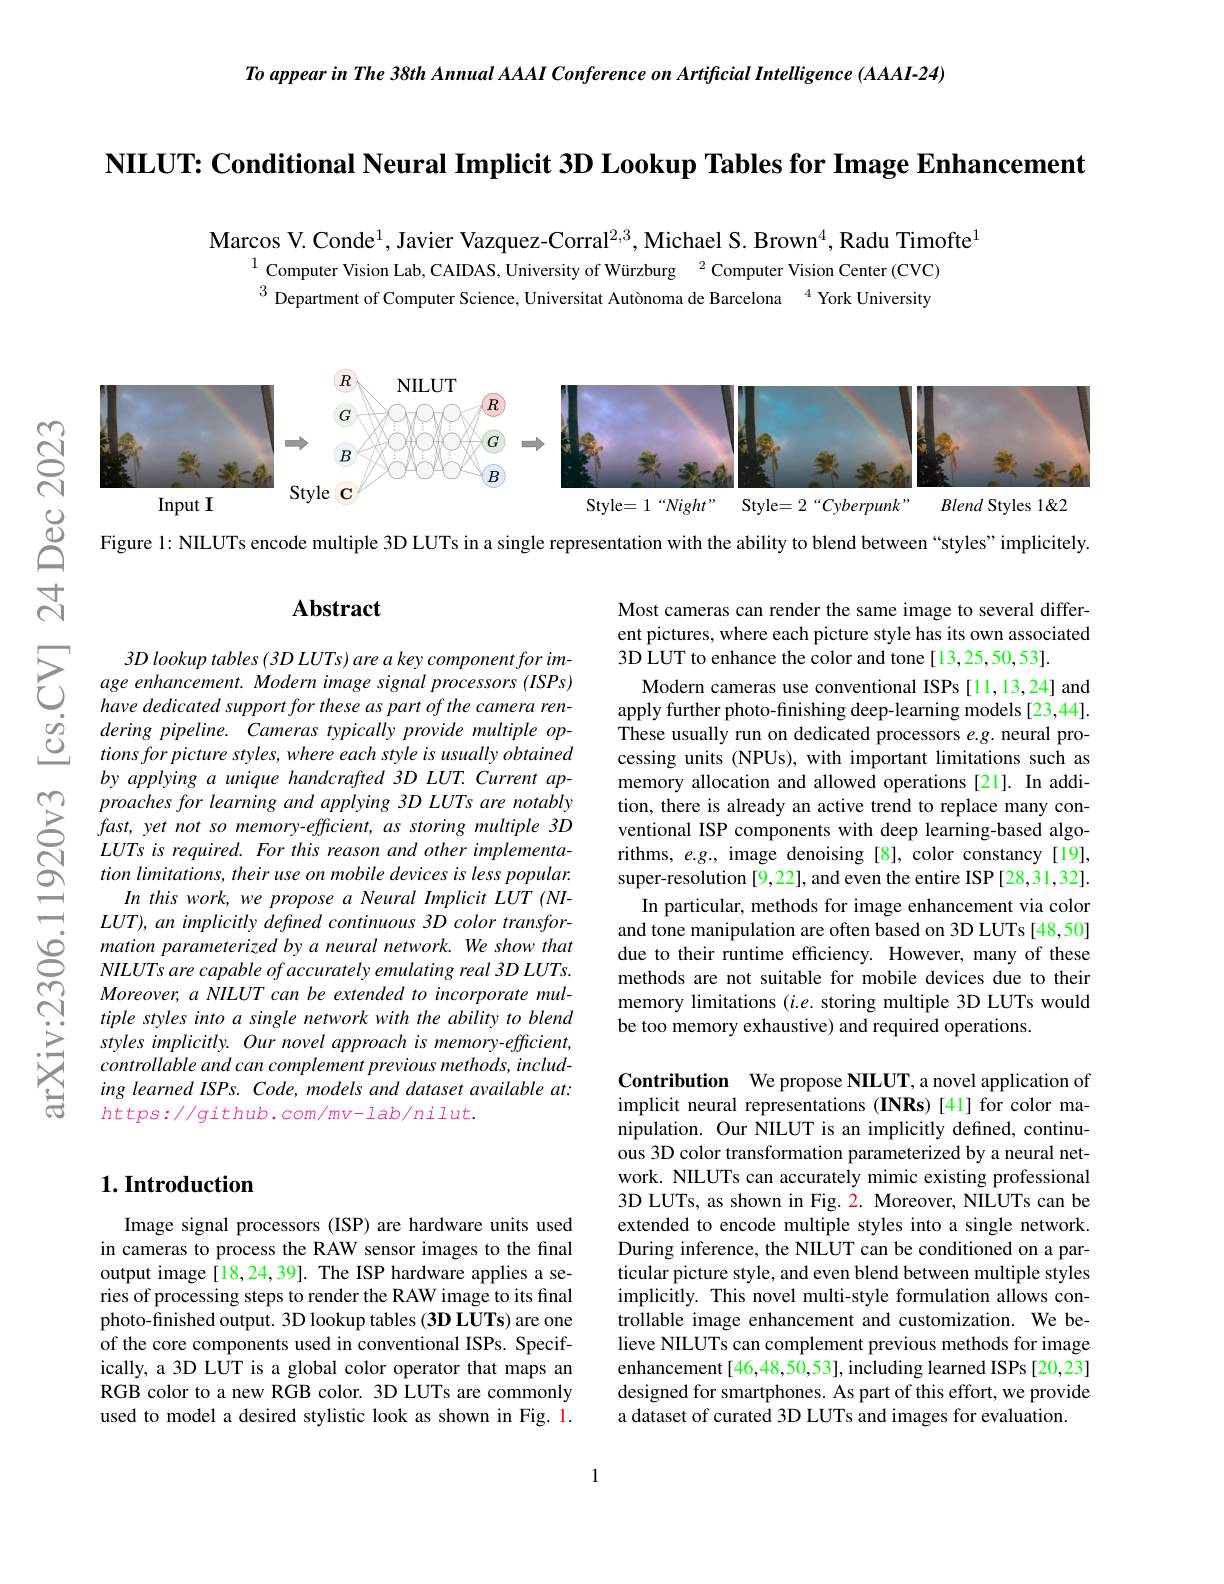
To appear in The 38th Anmual AAAI Conference on Artificial Intelligence (AAAI-24)

NILUT: Conditional Neural Implicit 3D Lookup Tables for Image Enhancement

Marcos V. Conde$^{1}$, Javier Vazquez-Corral$^{2,3}$, Michael S. Brown$^{4}$, Radu Timofte$^{1}$
$^{1}$Computer Vision Lab, CAIDAS, University of Würzburg$^2$Computer Vision Center(CVC) $^{3}$ Department of Computer Science, Universitat Autònoma de Barcelona $^{4}$ York University

<FigureHere>

Figure 1: NILUTs encode multiple 3D LUTs in a single representation with the ability to blend between “styles” implicitely.

$పై$

$ਨਾ$

## Abstract

$উড়্তি$

Most cameras can render the same image to several different pictures, where each picture style has its own associated 3D LUT to enhance the color and tone [13,25,50,53].
Modern cameras use conventional ISPs [11,13,24] and apply further photo-finishing deep-learning models [23,44]. These usually run on dedicated processors $e.g.$ neural processing units (NPUs), with important limitations such as memory allocation and allowed operations[21]. In addition, there is already an active trend to replace many conventional ISP components with deep learning-based algorithms, $e.g.$, image denoising [8], color constancy[19], super-resolution [9,22], and even the entire ISP [28,31,32].
In particular, methods for image enhancement via color and tone manipulation are often based on 3D LUTs [48,50] due to their runtime efficiency. However, many of these methods are not suitable for mobile devices due to their memory limitations $(i.e.$ storing multiple 3D LUTs would be too memory exhaustive) and required operations.

$ప్రే$

3D lookup tables (3D LUTs) are a key component for image enhancement. Modern image signal processors (ISPs) have dedicated support for these as part of the camera rendering pipeline. Cameras typically provide multiple options for picture styles, where each style is usually obtained by applying a unique handcrafted 3D LUT. Current approaches for learning and applying 3D LUTs are notably fast, yet not so memory-efficient, as storing multiple 3D LUTs is required. For this reason and other implementation limitations, their use on mobile devices is less popular.
In this work, we propose a Neural Implicit LUT (NI- $LUT)$, an implicitly defined continuous 3D color transformation parameterized by a neural network. We show that NILUTs are capable of accurately emulating real 3D LUTs. Moreover, a NILUT can be extended to incorporate multiple styles into a single network with the ability to blend styles implicitly. Our novel approach is memory-efficient, controllable and can complement previous methods, including learned ISPs. Code, models and dataset available at: $https://github.com/mv-lab/nilut.$

$స్ల్లి$

# $1. \textbf{Introduction}$

Contribution We propose NILUT, a novel application of implicit neural representations (INRs) [41] for color manipulation. Our NILUT is an implicitly defined, continuous 3D color transformation parameterized by a neural network. NILUTs can accurately mimic existing professional 3D LUTs, as shown in Fig. 2. Moreover, NILUTs can be extended to encode multiple styles into a single network. During inference, the NILUT can be conditioned on a particular picture style, and even blend between multiple styles implicitly. This novel multi-style formulation allows controllable image enhancement and customization. We believe NILUTs can complement previous methods for image enhancement [46,48,50,53], including learned ISPs [20,23] designed for smartphones. As part of this effort, we provide a dataset of curated 3D LUTs and images for evaluation.

Image signal processors (ISP) are hardware units used in cameras to process the RAW sensor images to the final output image[18,24,39]. The ISP hardware applies a series of processing steps to render the RAW image to its final photo-finished output. 3D lookup tables (3D LUTs) are one of the core components used in conventional ISPs. Specifically, a 3D LUT is a global color operator that maps an $\dot{\text{RGB color to a new RGB color. 3D LUTs are commonly}}$ used to model a desired stylistic look as shown in Fig. 1.

1